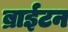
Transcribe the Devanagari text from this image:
ब्राईटन